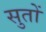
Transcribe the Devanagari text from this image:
सुतों